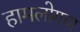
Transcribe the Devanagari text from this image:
हामलोगचा